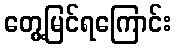
တွေ့မြင်ရကြောင်း